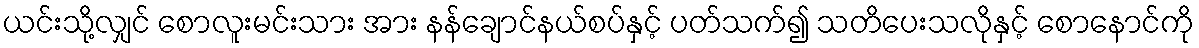
ယင်းသို့လျှင် စောလူးမင်းသား အား နန်ချောင်နယ်စပ်နှင့် ပတ်သက်၍ သတိပေးသလိုနှင့် စောနောင်ကို